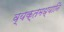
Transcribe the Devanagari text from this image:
व्यक्तमध्यानि